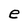
Character: e